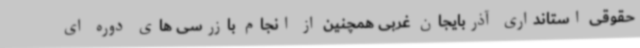
حقوقی استانداری آذربایجان غربی همچنین از انجام بازرسی های دوره ای